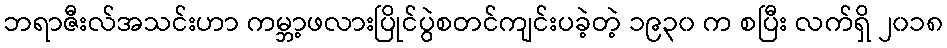
ဘရာဇီးလ်အသင်းဟာ ကမ္ဘာ့ဖလားပြိုင်ပွဲစတင်ကျင်းပခဲ့တဲ့ ၁၉၃၀ က စပြီး လက်ရှိ ၂၀၁၈